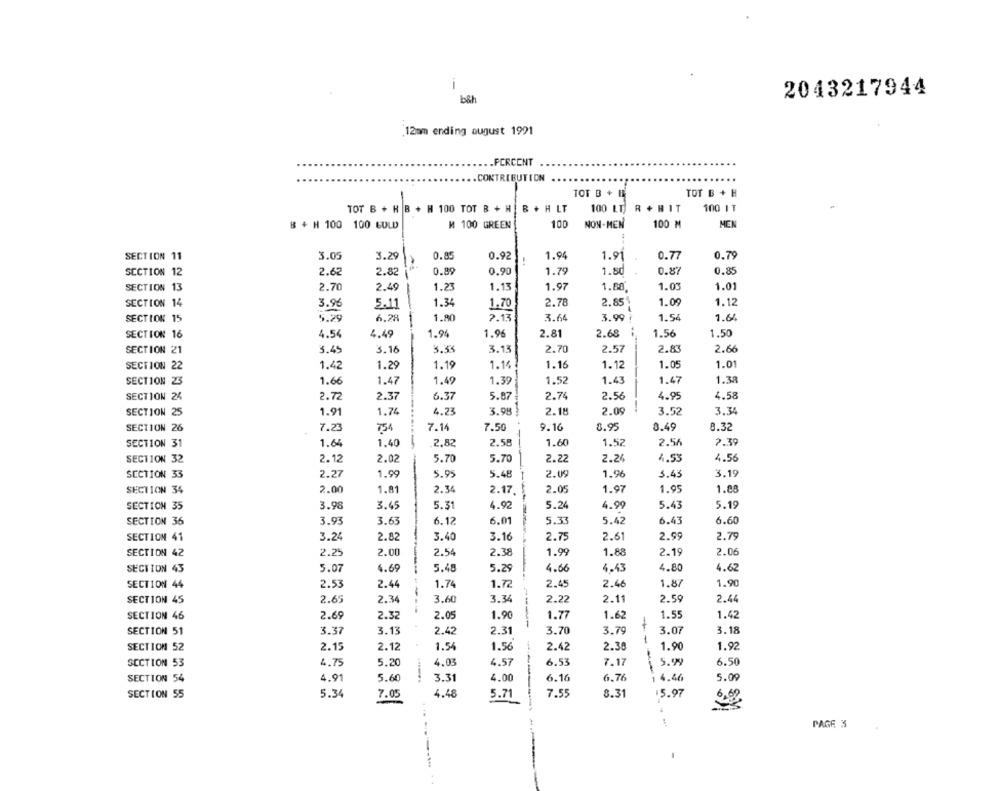
2043217944
b&h
12mm ending august 1991
.. . PORCENT
.. CONTRIBUTION
TOT B + 1
TOT B + H
TOT B + H B + H 100 TOT B + H | B + H LT
100 LT R + HIT
100 IT
B + H 100 100 COLD
M 100 GREEN
100
NON-MEN
100 M
MEN
SECTION 11
3.05
3.29
0.85
0.9
1.94
1.91
0.77
0.79
0.89
1.79
0.87
SECTION 12
2.62
2.82
0.90
1.80
0.85
2.70
1.23
1.97
1.03
SECTION 13
2.49
1.13
1.88.
1.01
1.34
2.78
2.85!
1.09
1.12
SECTION 14
3.96
5.1
1.70
1.80
7.13
3.64
1.54
1.64
SECTION 15
5.29
6.28
3.99
1.96
2.68
1.56
SECTION 16
4.54
4.49
1.94
2.81
1.50
SECTION 21
3.16
3.59
3.13
2.70
2.57
2.83
2.66
3.45
SECTION 22
1.29
1.19
1.16
1.16
1.12
1.05
1.01
1.42
SECTION 23
1.66
1.47
1.49
1.39
1.52
1.43
1.47
1.38
SECTION 24
2.72
2.37
6.37
5.87
2.74
2.56
4.95
4.58
SECTION 25
1.91
1.74
4.23
3.98
2.18
2.09
3.52
3.34
SECTION 26
7.23
754
7.14
7.50
9.16
8.95
8.49
8.32
-
SECTION 31
1.64
1.40
-
2.82
2.58
1.60
1.52
2.56
2.39
SECTION 32
2.12
2.02
5.70
5.70
2.22
2.24
4.53
4.56
SECTION 33
2.27
1.99
5.95
5.48
2.09
1.96
3.43
3.19
SECTION 34
2.00
1.81
2.34
2.17.
2.05
1.97
1.95
1.88
SECTION 35
3.98
3.45
5.31
4.92
5.24
4.99
5.43
5.19
SECTION 36
3.93
3.63
6.12
6.01
5.33
5.42
6.43
6.60
SECTION 41
3.24
2.82
3.40
3.16
2.7
2.61
2.99
2.79
SECTION 42
2.25
2.00
2.54
2.38
1.99
1.88
2.19
2.06
SECTION 43
5.07
4.69
5.48
5.29
4.66
4.43
4.80
4.62
SECTION 44
2.53
2.44
1.74
1.72
2.45
2.46
1.87
1.90
SECTION 45
2.65
2.34
3.60
3.34
2.22
2.11
2.59
2.44
SECTION 46
2.69
2.32
2.05
1.90
1.77
1.62
1.55
1.42
----
SECTION 51
3.37
3.13
2.42
2.31
3.70
3.79
3.07
3.18
--
SECTION 52
2.15
2.12
1.54
1.56
2.42
2.38
1.90
1.92
SECTION 53
4.75
5.20
4.03
4.57
6.53
7.17
5.99
6.50
SECTION 54
4.91
5.60
3.31
4.00
6.16
6.76
1 4.46
5.09
SECTION 55
5.34
7.05
4.48
5.71
7.55
8.31
$5.97
5,69
-----
PAGE 3